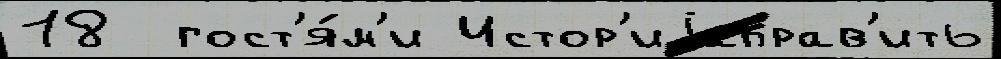
18  гост'я́м'и Истор'иjаправ'ить